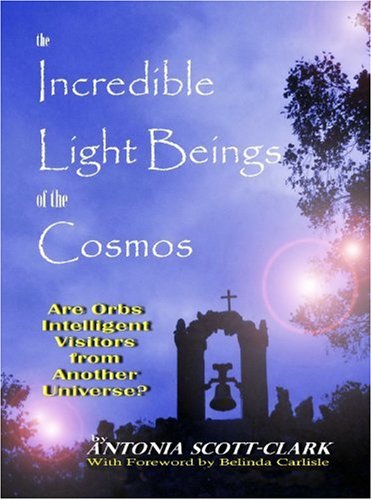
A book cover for The Incredible Light Beings of the Cosmos; Antonia Scott-Clark; Religion & Spirituality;